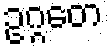
ဥဂ္ဂတေ